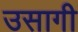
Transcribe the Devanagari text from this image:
उसागी